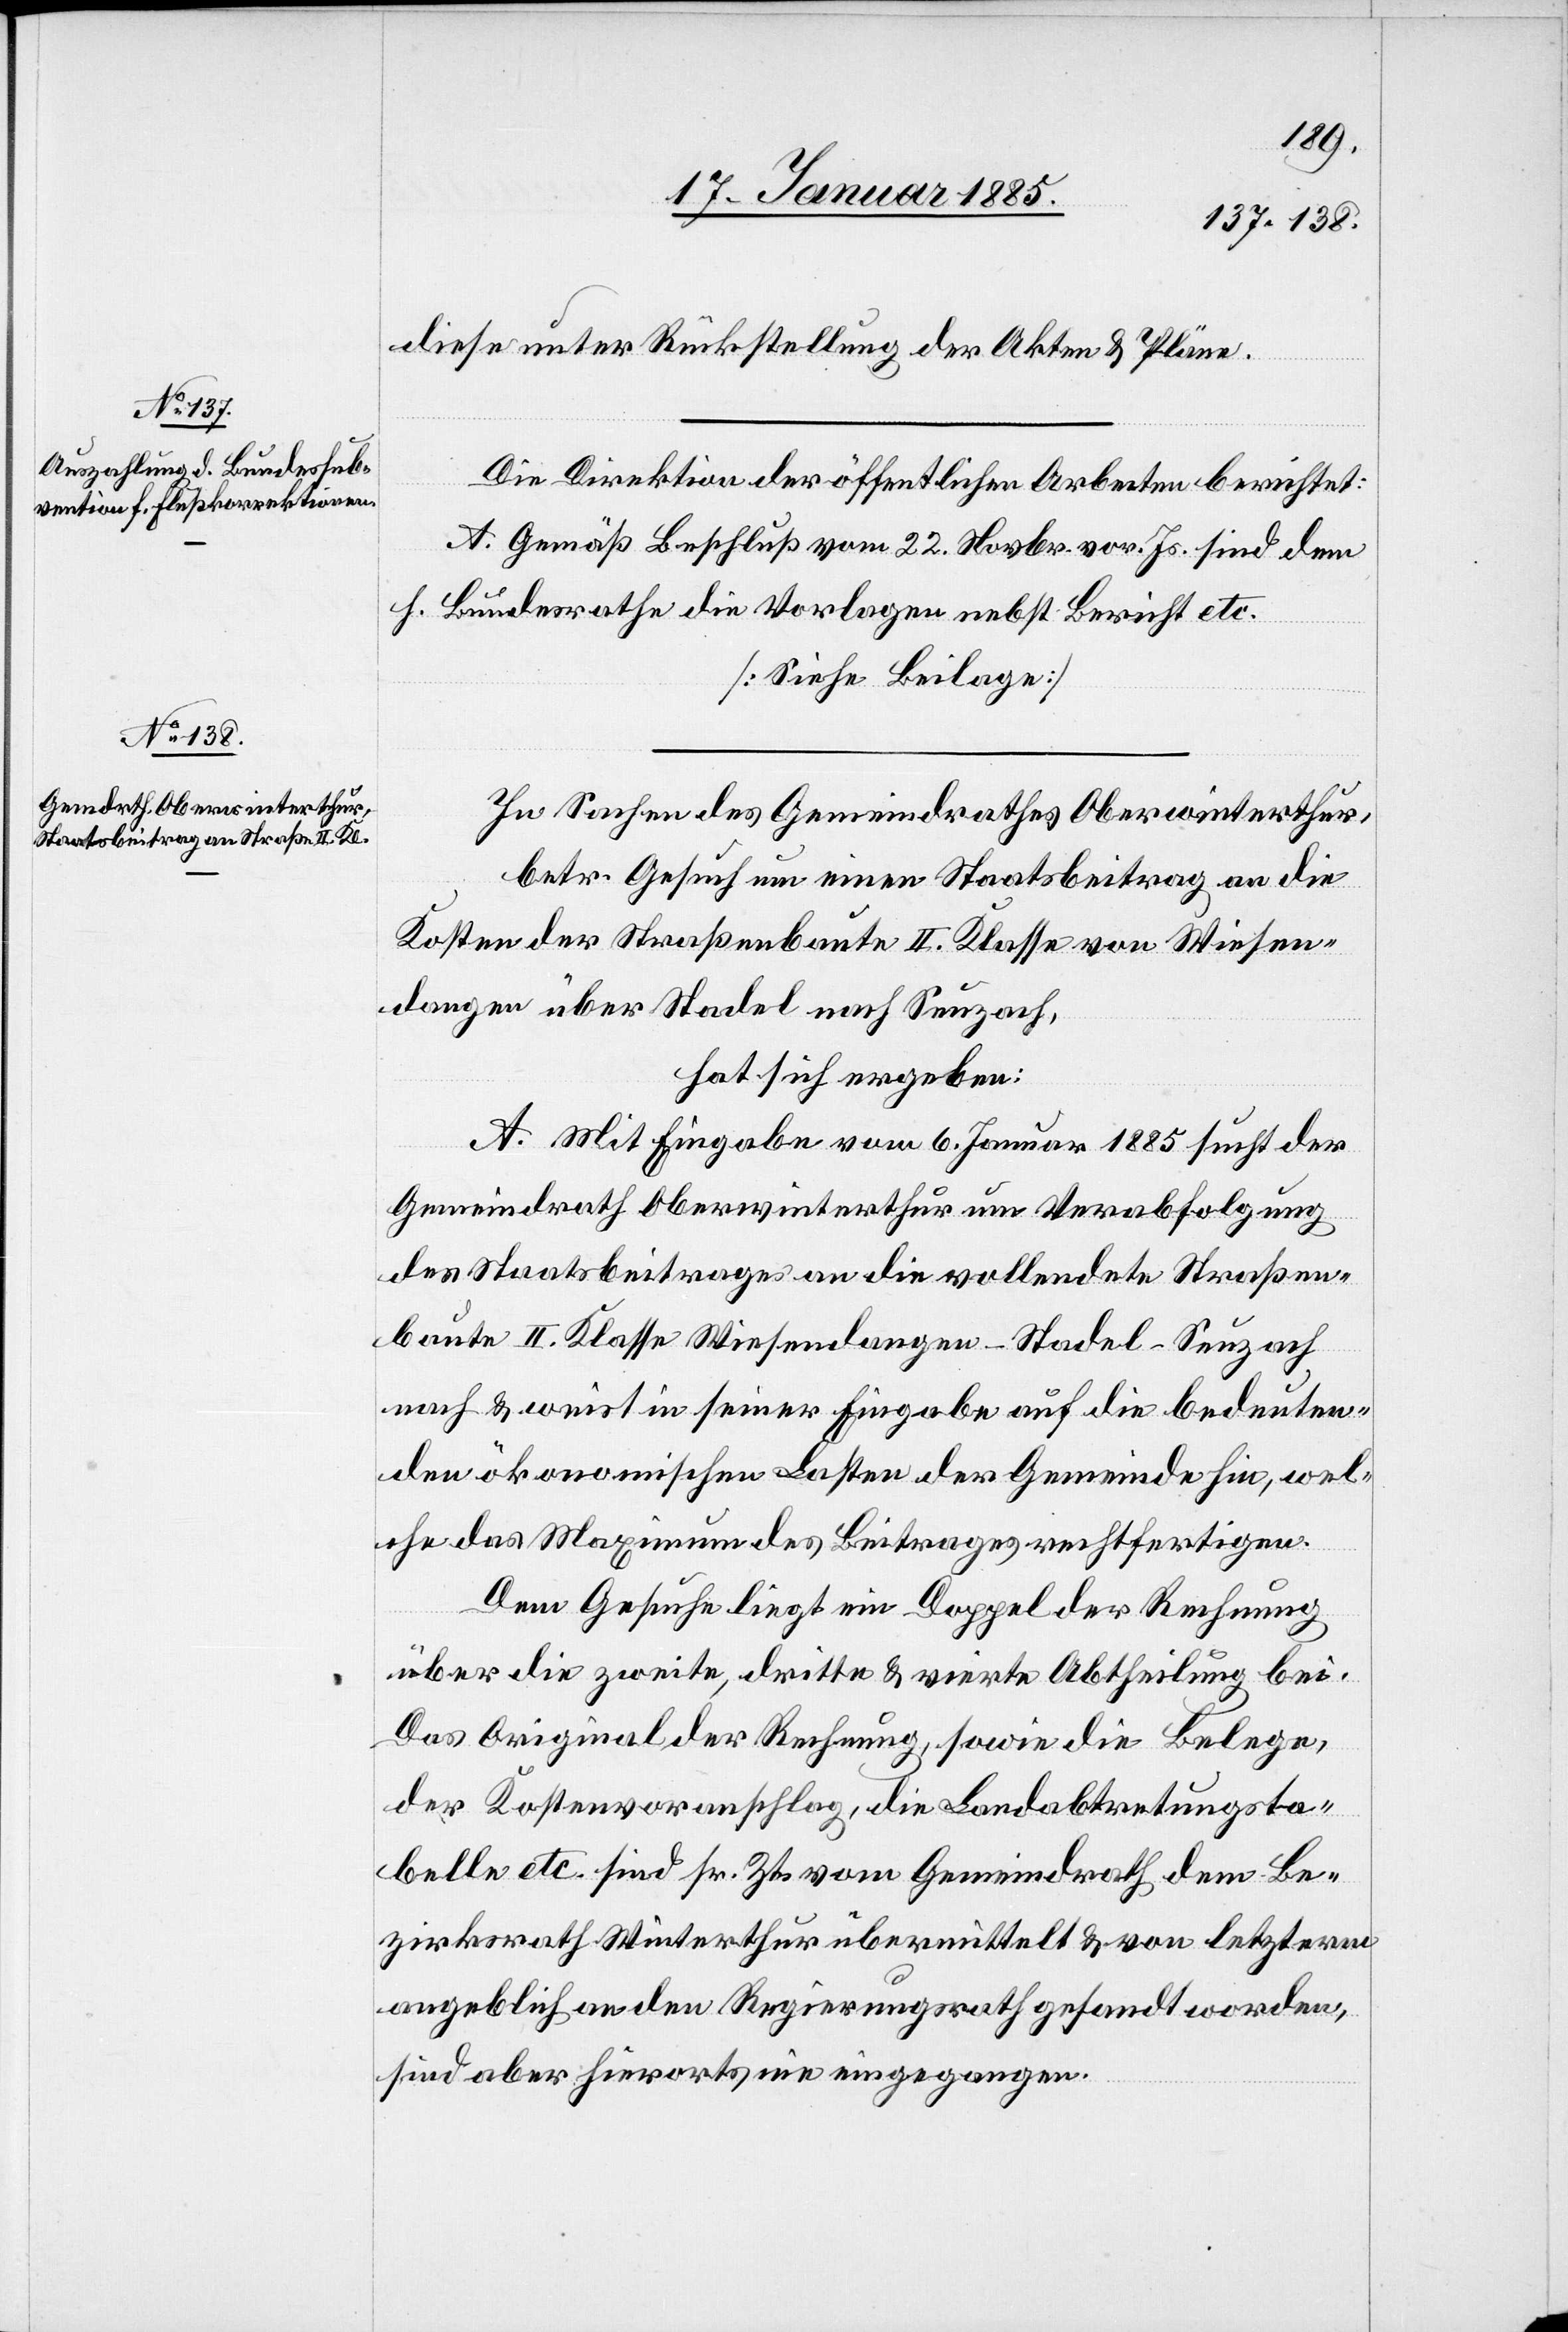
diese unter Rückstellung der Akten & Pläne.
In Sachen des Gemeindrathes Oberwinterthur,
betr. Gesuch um einen Staatsbeitrag an die
Kosten der Straßenbaute II. Klasse von Wiesen¬
dangen über Stadel nach Seuzach,
hat sich ergeben:
A. Mit Eingabe vom 6. Januar 1885 sucht der
Gemeindrath Oberwinterthur um Verabfolgung
des Staatsbeitrages an die vollendete Straßen¬
baute II. Klasse Wiesendangen–Stadel–Seuzach
nach & weist in seiner Eingabe auf die bedeuten¬
den ökonomischen Lasten der Gemeinde hin, wel¬
che das Maximum des Beitrages rechtfertigen.
Dem Gesuche liegt ein Doppel der Rechnung
über die zweite, dritte & vierte Abtheilung bei.
Das Original der Rechnung, sowie die Belege,
der Kostenvoranschlag, die Landabtretungsta¬
belle etc. sind sr. Zt. vom Gemeindrath dem Be¬
zirksrath Winterthur übermittelt & von letzterm
angeblich an den Regierungsrath gesandt worden,
sind aber hierorts nie eingegangen.